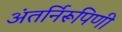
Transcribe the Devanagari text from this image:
अंतर्निरूपिणी